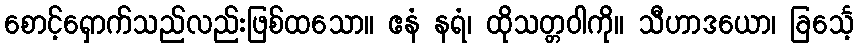
စောင့်ရှောက်သည်လည်းဖြစ်ထသော။ ဧနံ နရံ၊ ထိုသတ္တဝါကို။ သီဟာဒယော၊ ခြင်္သေ့